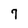
Character: 7